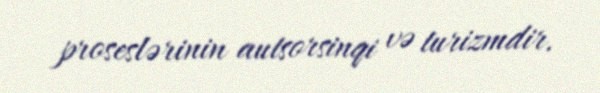
proseslərinin autsorsinqi və turizmdir.